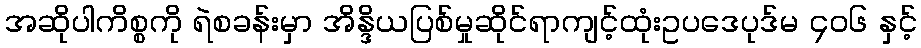
အဆိုပါကိစ္စကို ရဲစခန်းမှာ အိန္ဒိယပြစ်မှုဆိုင်ရာကျင့်ထုံးဥပဒေပုဒ်မ ၄၀၆ နှင့်